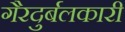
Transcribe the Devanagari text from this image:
गैरदुर्बलकारी